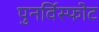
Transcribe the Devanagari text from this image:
पुनर्विस्फोट